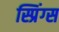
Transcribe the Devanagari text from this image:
स्प्रिंग्‍स